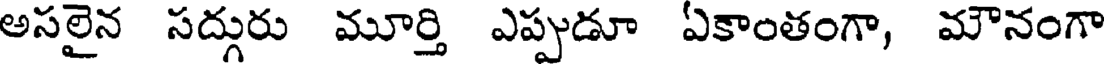
అసలైన సద్గురు మూర్తి ఎప్పుడూ ఏకాంతంగా, మౌనంగా